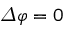
\varDelta \varphi = 0